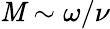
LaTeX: \mathit{M}\sim\omega/\nu